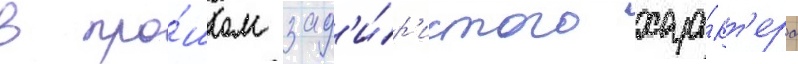
в про́шлом зад'и́р'истого хара́кт'ера